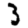
Digit: 3